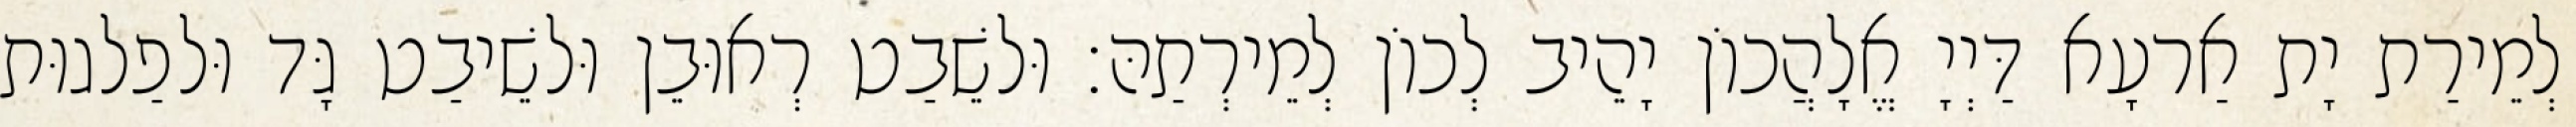
לְמֵירַת יָת אַרעָא דַּיְיָ אֱלָהֲכוֹן יָהֵיב לְכוֹן לְמֵירְתַהּ׃ וּלשֵׁבַט רְאוּבֵן וּלשֵׁיבַט גָּד וּלפַלגוּת